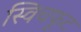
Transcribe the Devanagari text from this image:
स्विचफूट